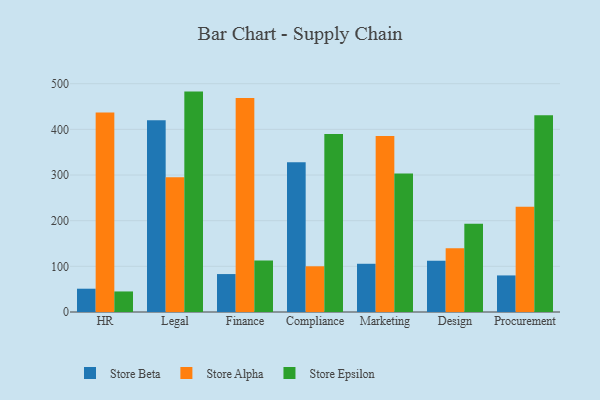
{"axis": {"x": "Department", "y": "Gross Profit (USD K)"}, "legend": ["Store Alpha", "Store Beta", "Store Epsilon"], "data": [{"x": "HR", "y": 51.0, "type": "Store Beta"}, {"x": "HR", "y": 437.2, "type": "Store Alpha"}, {"x": "HR", "y": 45.0, "type": "Store Epsilon"}, {"x": "Legal", "y": 420.1, "type": "Store Beta"}, {"x": "Legal", "y": 295.2, "type": "Store Alpha"}, {"x": "Legal", "y": 482.7, "type": "Store Epsilon"}, {"x": "Finance", "y": 83.1, "type": "Store Beta"}, {"x": "Finance", "y": 468.7, "type": "Store Alpha"}, {"x": "Finance", "y": 113.0, "type": "Store Epsilon"}, {"x": "Compliance", "y": 328.2, "type": "Store Beta"}, {"x": "Compliance", "y": 100.1, "type": "Store Alpha"}, {"x": "Compliance", "y": 389.7, "type": "Store Epsilon"}, {"x": "Marketing", "y": 105.6, "type": "Store Beta"}, {"x": "Marketing", "y": 385.7, "type": "Store Alpha"}, {"x": "Marketing", "y": 303.5, "type": "Store Epsilon"}, {"x": "Design", "y": 112.0, "type": "Store Beta"}, {"x": "Design", "y": 139.7, "type": "Store Alpha"}, {"x": "Design", "y": 193.4, "type": "Store Epsilon"}, {"x": "Procurement", "y": 80.1, "type": "Store Beta"}, {"x": "Procurement", "y": 230.3, "type": "Store Alpha"}, {"x": "Procurement", "y": 431.1, "type": "Store Epsilon"}]}